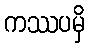
ကဿပမှိ